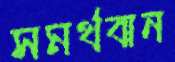
সমর্থবান